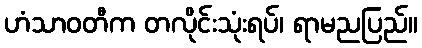
ဟံသာဝတီက တလိုင်းသုံးရပ်၊ ရာမညပြည်။